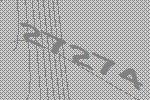
27274